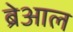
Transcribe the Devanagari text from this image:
ब्रेआल